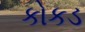
કોકડ